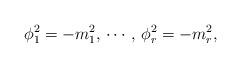
LaTeX: \begin{align*}\phi_{1}^2 = -m^2_{1}, \, \cdots, \, \phi_{r}^2 = -m^2_{r},\end{align*}